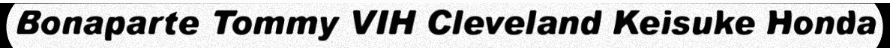
Bonaparte Tommy VIH Cleveland Keisuke Honda